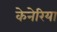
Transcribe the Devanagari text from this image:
केनेरिया